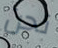
نحن